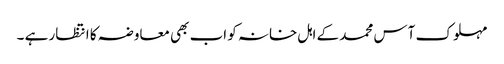
مہلوک آس محمد کے اہل خانہ کو اب بھی معاوضہ کا انتظار ہے ۔